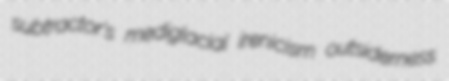
subtractor's mediglacial irenicism outsiderness